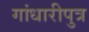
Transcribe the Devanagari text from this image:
गांधारीपुत्र